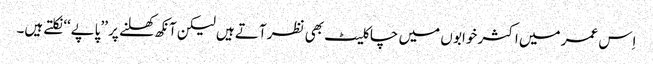
اِس عمر میں اکثر خوابو ں میں چاکلیٹ بھی نظر آتے ہیں لیکن آنکھ کھلنے پر ’’پاپے‘‘ نکلتے ہیں۔